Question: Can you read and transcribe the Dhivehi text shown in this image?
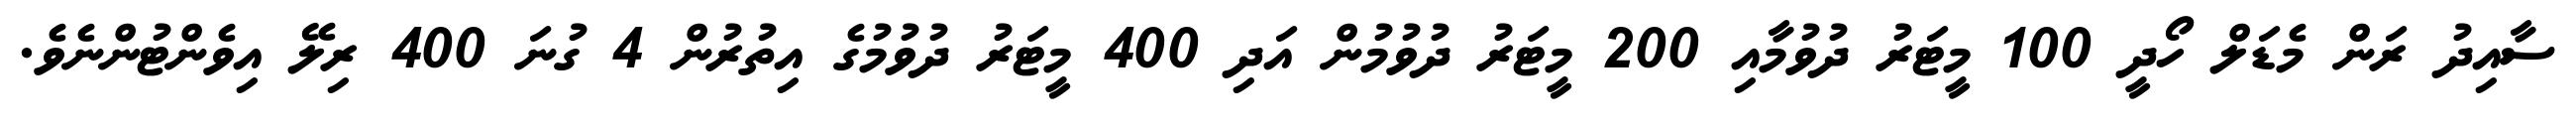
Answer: ސާއިދު ރަން މެޑަލް ހޯދީ 100 މީޓަރު ދުވުމާއި 200 މީޓަރު ދުވުމުން އަދި 400 މީޓަރު ދުވުމުގެ އިތުރުން 4 ގުނަ 400 ރިލޭ އިވެންޓުންނެވެ.